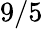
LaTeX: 9/5